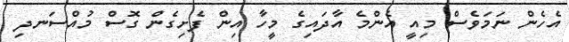
އެހެން ނަމަވެސް މިއީ އެންމެ އާދައިގެ މީހާ އިން ފެށިގެން ގޮސް މުއްސަނދި